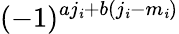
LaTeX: (-1)^{aj_{\mathit{i}}+b(j_{\mathit{i}}-m_{\mathit{i}})}